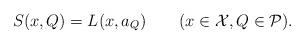
LaTeX: \begin{align*} S(x,Q) = L(x, a_Q)\quad\quad(x\in{\cal X}, Q\in{\cal P}).\end{align*}